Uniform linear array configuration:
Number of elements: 32
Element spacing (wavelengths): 1
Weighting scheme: exponential
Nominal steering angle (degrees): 60
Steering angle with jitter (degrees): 60.237
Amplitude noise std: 0.05
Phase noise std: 0.05

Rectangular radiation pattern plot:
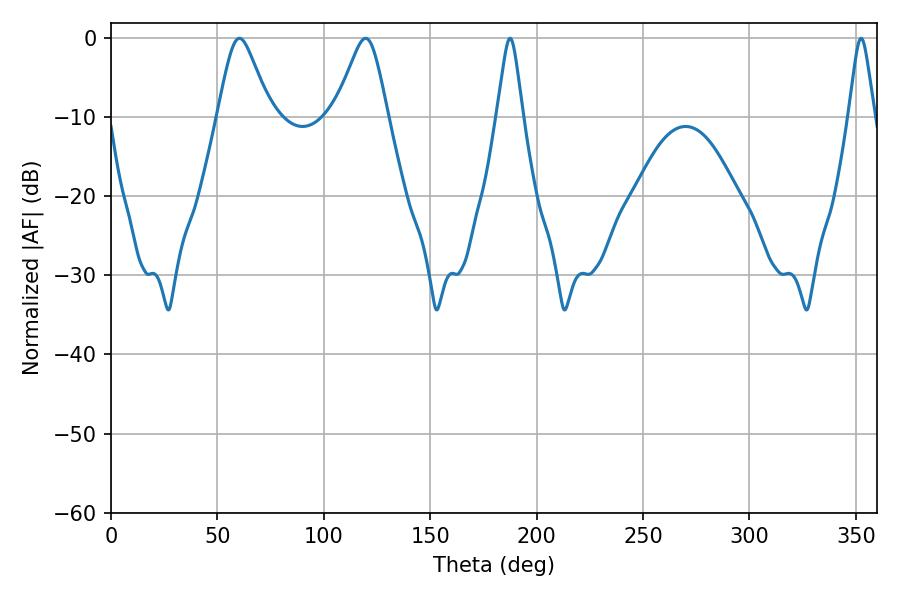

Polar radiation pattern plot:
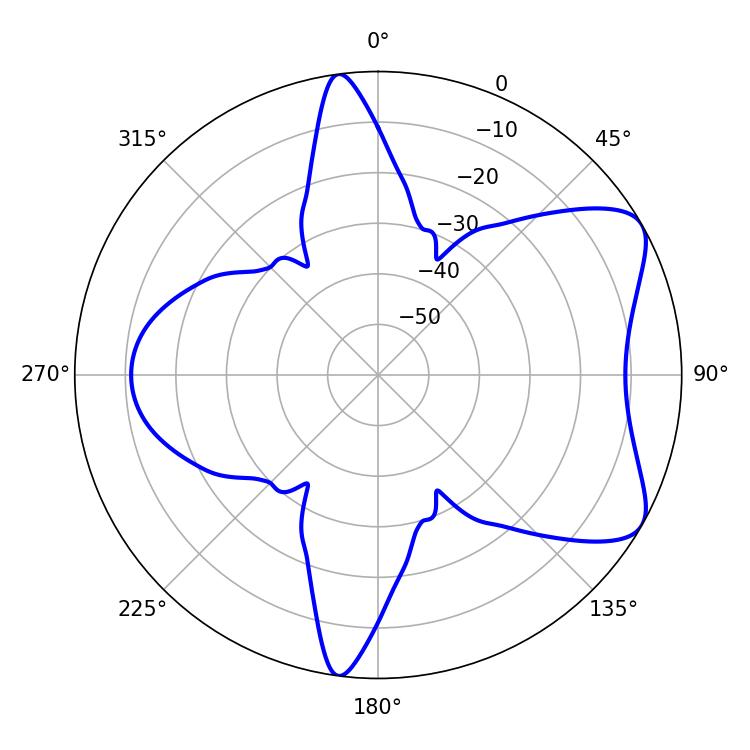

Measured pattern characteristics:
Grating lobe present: TRUE
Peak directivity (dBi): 7.014
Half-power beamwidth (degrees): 11.88
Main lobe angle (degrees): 60.3